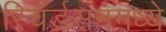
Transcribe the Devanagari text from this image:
रिचर्डसनमध्ये